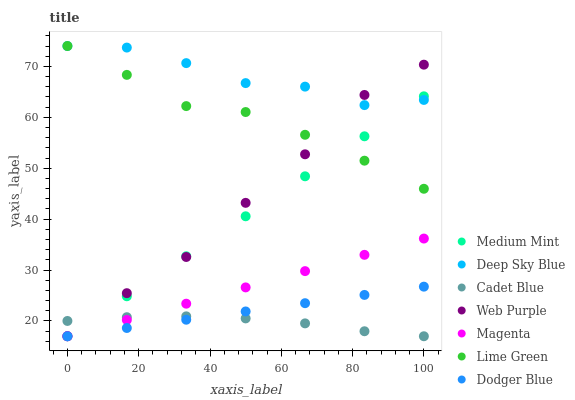
| xaxis_label | Medium Mint | Deep Sky Blue | Cadet Blue | Web Purple | Magenta | Lime Green | Dodger Blue |
 | --- | --- | --- | --- | --- | --- | --- | --- |
 | 0 | 17 | 74 | 20 | 17 | 17 | 74 | 17 |
 | 16.7 | 24.9 | 73.7 | 20.7 | 25.5 | 20.2 | 68.3 | 18.6 |
 | 33.3 | 32.7 | 70.6 | 20.9 | 32.6 | 23.4 | 62.2 | 20.2 |
 | 50 | 40.6 | 66.7 | 20.5 | 43.2 | 26.6 | 61 | 21.9 |
 | 66.7 | 48.4 | 66 | 19.5 | 52.7 | 29.8 | 56.6 | 23.5 |
 | 83.3 | 56.3 | 62.4 | 18 | 64.4 | 33 | 51.5 | 25.1 |
 | 100 | 64.1 | 63.4 | 17 | 70.3 | 36.2 | 46 | 26.7 |